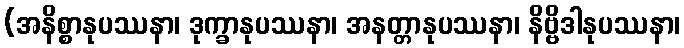
(အနိစ္စာနုပဿနာ၊ ဒုက္ခာနုပဿနာ၊ အနတ္တာနုပဿနာ၊ နိဗ္ဗိဒါနုပဿနာ၊